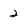
Character: 2